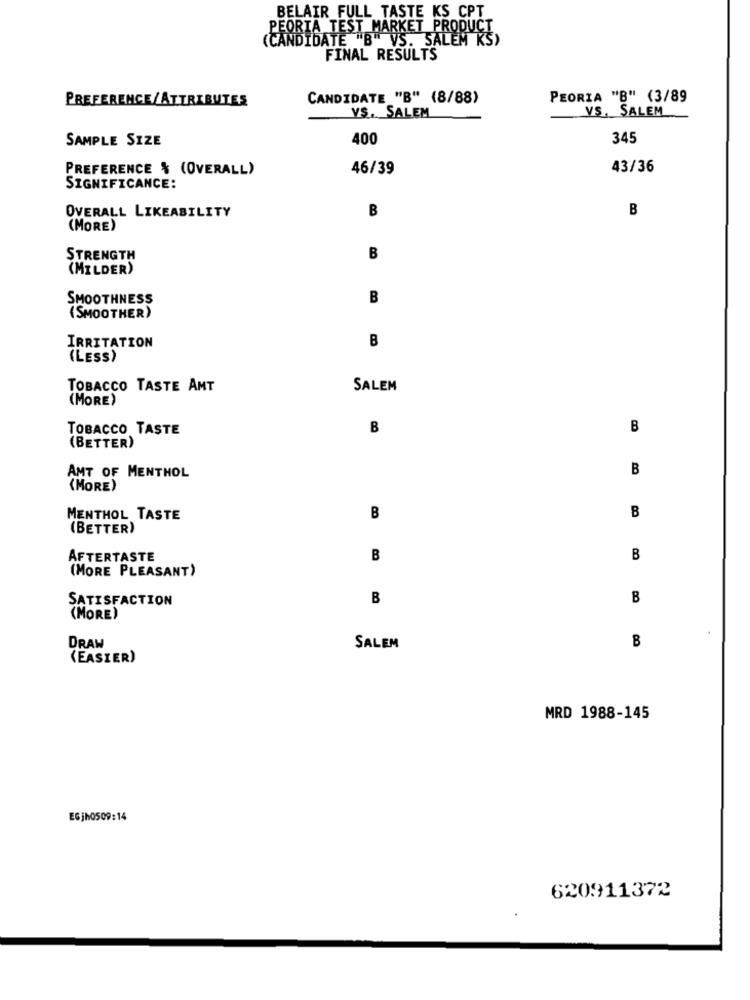
BELAIR FULL TASTE KS CPT
PEORIA TEST MARKET PRODUCT
(CANDIDATE "B"VS. SALEM KS)
FINAL RESULTS
PREFERENCE/ATTRIBUTES
CANDIDATE "B" (8/88)
PEORIA "B" (3/89
VS. SALEM
VS. SALEM
SAMPLE SIZE
400
345
PREFERENCE % (OVERALL)
46/39
43/36
SIGNIFICANCE:
OVERALL LIKEABILITY
B
B
(MORE)
STRENGTH
B
(MILDER)
SMOOTHNESS
B
(SMOOTHER)
B
IRRITATION
(LESS)
TOBACCO TASTE AMT
SALEM
(MORE)
TOBACCO TASTE
B
B
(BETTER)
B
AMT OF MENTHOL
(MORE)
B
MENTHOL TASTE
B
(BETTER)
AFTERTASTE
B
B
(MORE PLEASANT)
SATISFACTION
B
B
(MORE)
DRAW
B
SALEM
(EASIER)
MRD 1988-145
EGjh0509:14
620911372